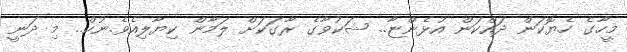
މީހާގެ ހެޔޮކަން ދައްކަން އުޅެންޏާ.. ޝަކުވާގެ ރާގަކަށް ލަމާން ކިޔާލިއެވެ.ނުކް.. މި ދަނީ